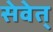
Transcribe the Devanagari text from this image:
सेवेत्